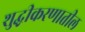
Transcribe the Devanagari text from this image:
शुद्घीकरणातील